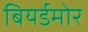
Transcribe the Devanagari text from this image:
बियर्डमोर